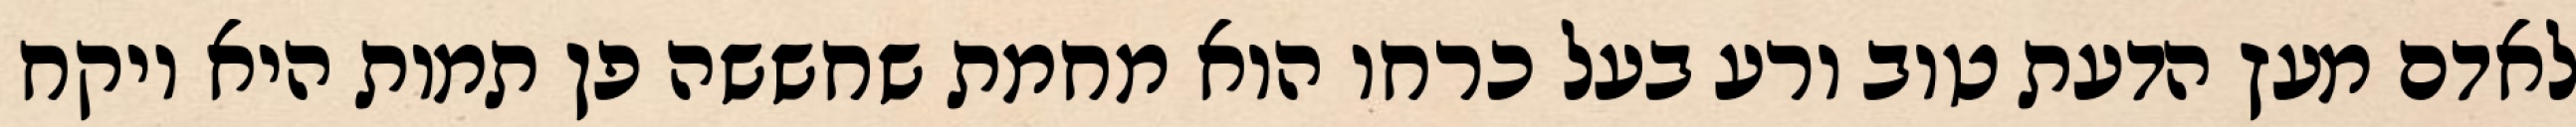
לאדם מעץ הדעת טוב ורע בעל כרחו הוא מחמת שחששה פן תמות היא ויקח